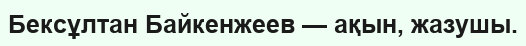
Бексұлтан Байкенжеев — ақын, жазушы.